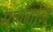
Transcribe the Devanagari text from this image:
मरांगोन